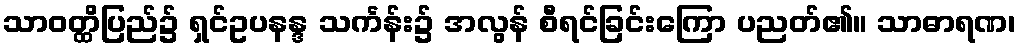
သာဝတ္ထိပြည်၌ ရှင်ဥပနန္ဒ သင်္ကန်း၌ အလွန် စီရင်ခြင်းကြော ပညတ်၏။ သာဓာရဏ၊